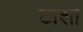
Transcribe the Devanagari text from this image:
टाशा